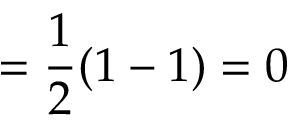
= { \frac { 1 } { 2 } } ( 1 - 1 ) = 0